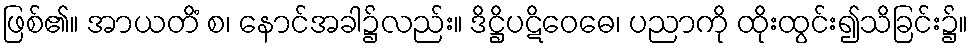
ဖြစ်၏။ အာယတိံ စ၊ နောင်အခါ၌လည်း။ ဒိဋ္ဌိပဋိဝေဓေ၊ ပညာကို ထိုးထွင်း၍သိခြင်း၌။